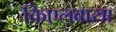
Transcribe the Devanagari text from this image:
किएलबासा